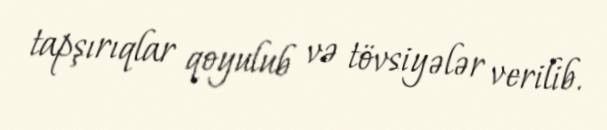
tapşırıqlar qoyulub və tövsiyələr verilib.